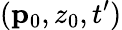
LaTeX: (\mathbf{p}_{0},z_{0},t^{\prime})